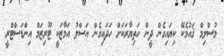
މުސްލިމް ޤައުމެކޭ ކިޔައިގެން ދީން ހަތިޔާރަކަށް ހަދައިގެން އަސްލު އަމާޒަކީ ޓޫރިޒަމް އިންޑަސްޓްރީ